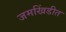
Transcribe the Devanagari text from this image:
जमखिंडीत